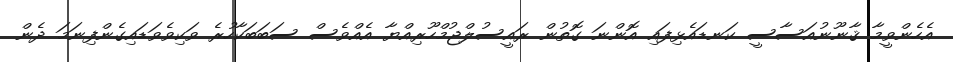
އެހެންވީމާ ޤާނޫނުއަސާސީ ކަނޑައެޅިފައި އޮންނަ ގޮތުން ރައީސުލްޖުމްހޫރިއްޔާ އެއްވެސް ސަބަބަކާހުރެ ވަކިވެވަޑައިގެންފިނަމަ ދެން